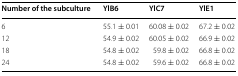
<table><thead><tr><td><b>Number of the subculture</b></td><td><b>YlB6</b></td><td><b>YlC7</b></td><td><b>YlE1</b></td></tr></thead><tbody><tr><td>6</td><td>55.1 ± 0.01</td><td>60.08 ± 0.02</td><td>67.2 ± 0.02</td></tr><tr><td>12</td><td>54.9 ± 0.02</td><td>60.05 ± 0.02</td><td>66.9 ± 0.02</td></tr><tr><td>18</td><td>54.8 ± 0.02</td><td>59.8 ± 0.02</td><td>66.8 ± 0.02</td></tr><tr><td>24</td><td>54.8 ± 0.02</td><td>59.6 ± 0.02</td><td>66.8 ± 0.02</td></tr></tbody></table>